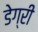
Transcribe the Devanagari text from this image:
डेग्री